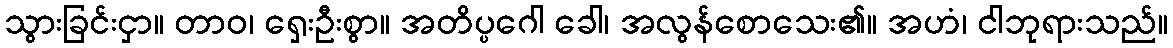
သွားခြင်းငှာ။ တာဝ၊ ရှေးဦးစွာ။ အတိပ္ပဂေါ ခေါ၊ အလွန်စောသေး၏။ အဟံ၊ ငါဘုရားသည်။